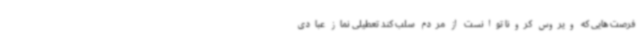
فرصت هایی که ویروس کرونا توانست از مردم سلب کند تعطیلی نماز عبادی